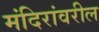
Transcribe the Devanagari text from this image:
मंदिरांवरील